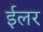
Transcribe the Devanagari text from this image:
ईलर